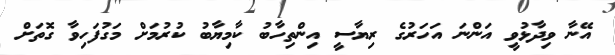
އޭނާ ވިދާޅުވީ އަންނަ އަހަރުގެ ރިޔާސީ އިންތިހާބު ކާމިޔާބު ކުރުމަށް މަގުފަހިވާ ގޮތަށް